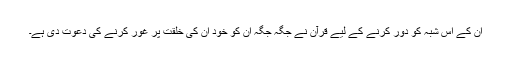
ان کے اس شبہ کو دور کرنے کے لیے قرآن نے جگہ جگہ ان کو خود ان کی خلقت پر غور کرنے کی دعوت دی ہے۔